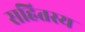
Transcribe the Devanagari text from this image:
सहितस्य